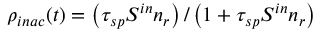
\rho _ { i n a c } ( t ) = \left( \tau _ { s p } S ^ { i n } n _ { r } \right) / \left( 1 + \tau _ { s p } S ^ { i n } n _ { r } \right)